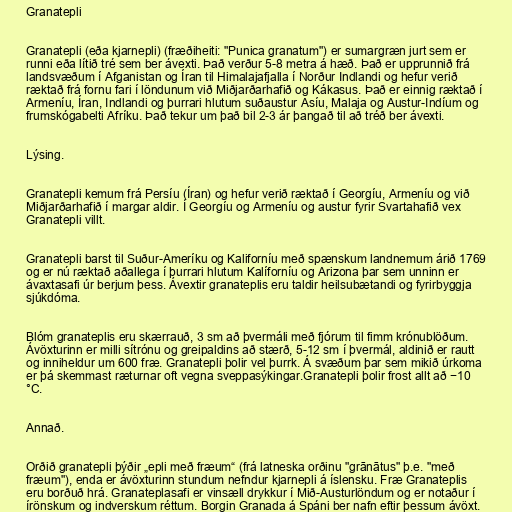
Granatepli

Granatepli (eða kjarnepli) (fræðiheiti: "Punica granatum") er sumargræn jurt sem er
runni eða lítið tré sem ber ávexti. Það verður 5-8 metra á hæð. Það er upprunnið frá
landsvæðum í Afganistan og Íran til Himalajafjalla í Norður Indlandi og hefur verið
ræktað frá fornu fari í löndunum við Miðjarðarhafið og Kákasus. Það er einnig ræktað í
Armeníu, Íran, Indlandi og þurrari hlutum suðaustur Asíu, Malaja og Austur-Indíum og
frumskógabelti Afríku. Það tekur um það bil 2-3 ár þangað til að tréð ber ávexti.

Lýsing.

Granatepli kemum frá Persíu (Íran) og hefur verið ræktað í Georgíu, Armeníu og við
Miðjarðarhafið í margar aldir. Í Georgíu og Armeníu og austur fyrir Svartahafið vex
Granatepli villt.

Granatepli barst til Suður-Ameríku og Kaliforníu með spænskum landnemum árið 1769
og er nú ræktað aðallega í þurrari hlutum Kalíforníu og Arizona þar sem unninn er
ávaxtasafi úr berjum þess. Ávextir granateplis eru taldir heilsubætandi og fyrirbyggja
sjúkdóma.

Blóm granateplis eru skærrauð, 3 sm að þvermáli með fjórum til fimm krónublöðum.
Ávöxturinn er milli sítrónu og greipaldins að stærð, 5-12 sm í þvermál, aldinið er rautt
og inniheldur um 600 fræ. Granatepli þolir vel þurrk. Á svæðum þar sem mikið úrkoma
er þá skemmast ræturnar oft vegna sveppasýkingar.Granatepli þolir frost allt að −10
°C.

Annað.

Orðið granatepli þýðir „epli með fræum“ (frá latneska orðinu "grānātus" þ.e. "með
fræum"), enda er ávöxturinn stundum nefndur kjarnepli á íslensku. Fræ Granateplis
eru borðuð hrá. Granateplasafi er vinsæll drykkur í Mið-Austurlöndum og er notaður í
írönskum og indverskum réttum. Borgin Granada á Spáni ber nafn eftir þessum ávöxt.